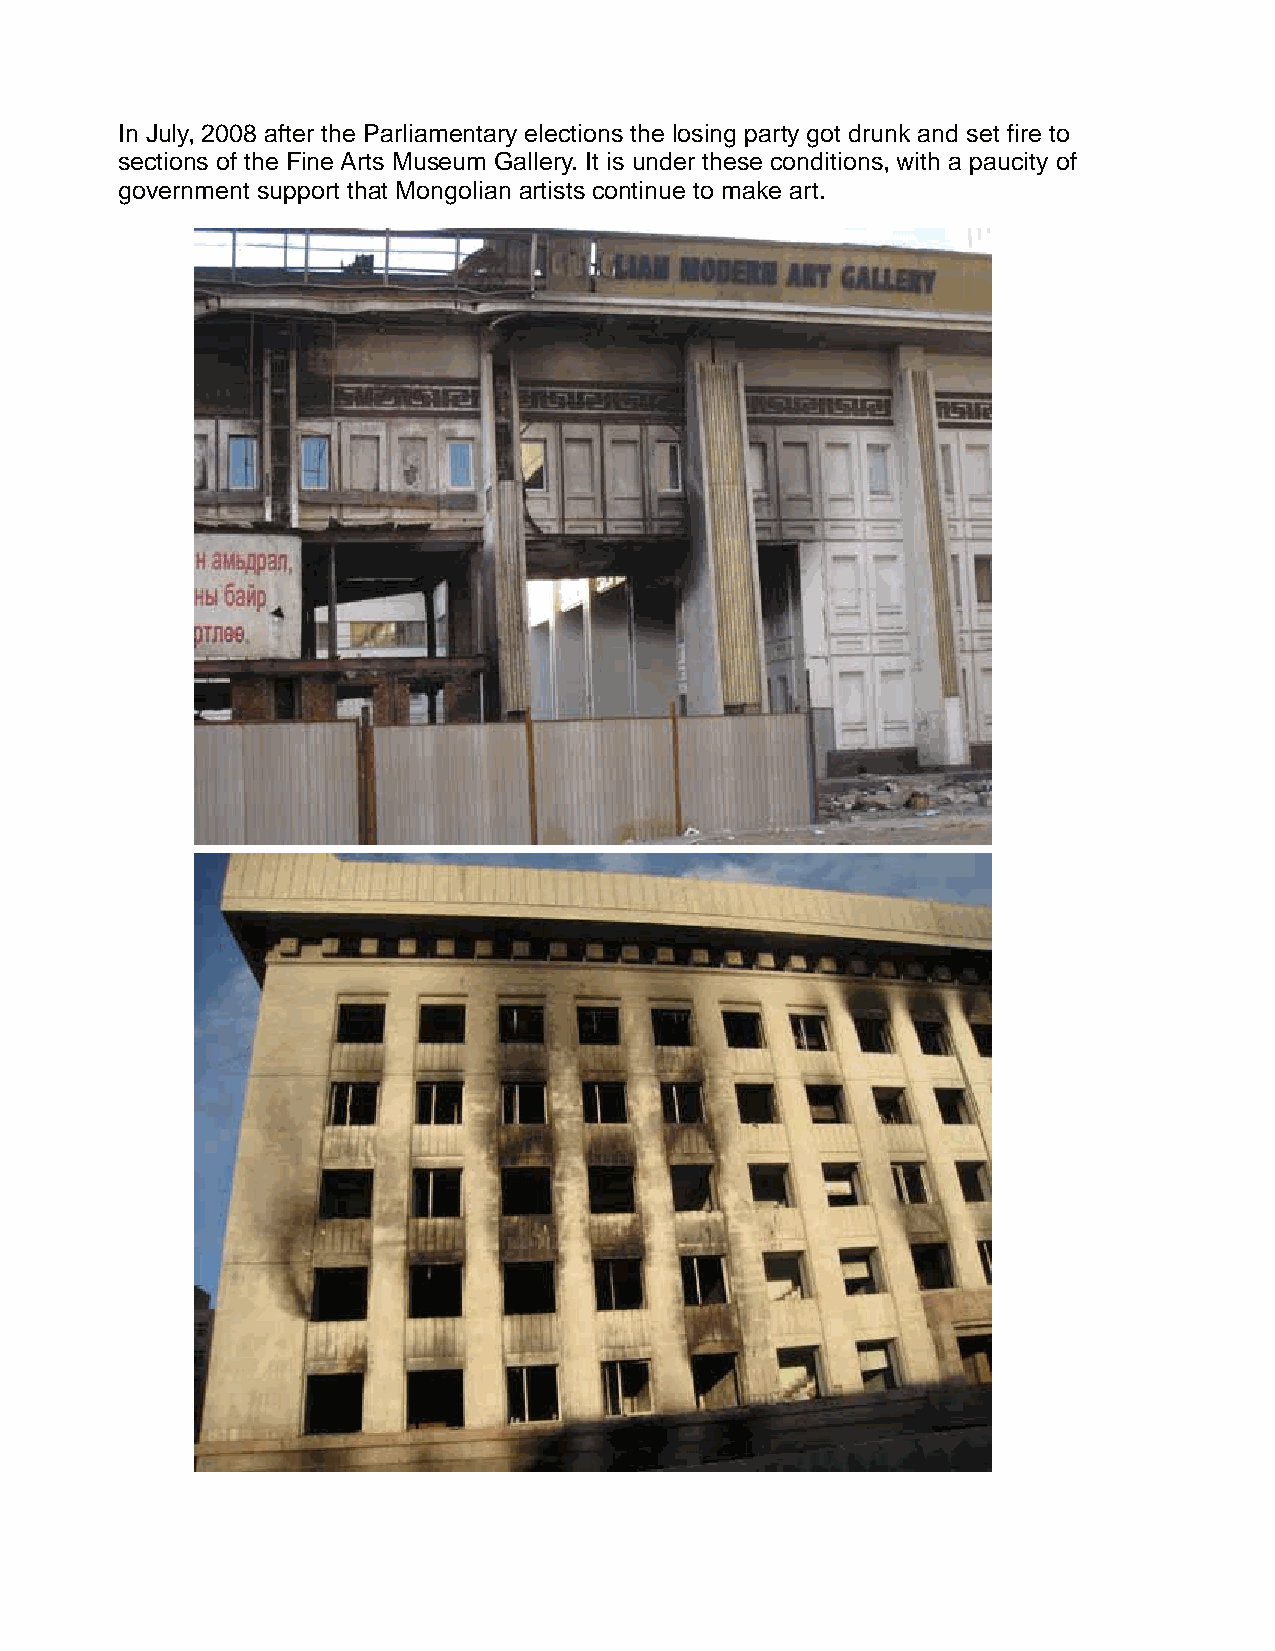
In July, 2008 after the Parliamentary elections the losing party got drunk and set fire to
 sections of the Fine Arts Museum Gallery. It is under these conditions, with a paucity of
 government support that Mongolian artists continue to make art.